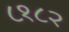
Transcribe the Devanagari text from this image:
८१८२